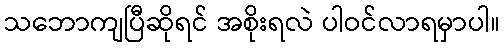
သဘောကျပြီဆိုရင် အစိုးရလဲ ပါဝင်လာရမှာပါ။